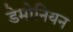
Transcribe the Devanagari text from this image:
डेमोनियन